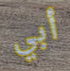
أبي